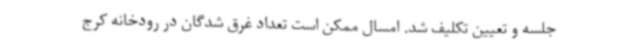
جلسه و تعیین تکلیف شد. امسال ممکن است تعداد غرق شدگان در رودخانه کرج